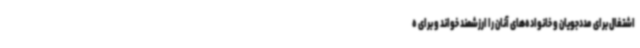
اشتغال برای مددجویان و خانواده‌های آنان را ارزشمند خواند و برای ه